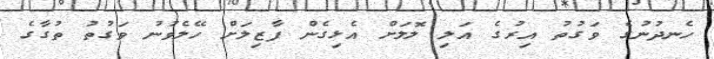
ހެނދުނުގެ ވަގުތު އިރުގެ އަލި ލޮލަށް އެޅިގެން ފާޒިލަށް ހޭލެވުނު ވަގުތު ތުގާގެ